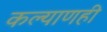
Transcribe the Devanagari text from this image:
कल्याणही